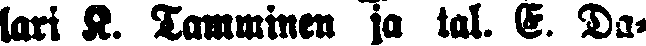
lari K. Tamminen ja tal. E. Da-